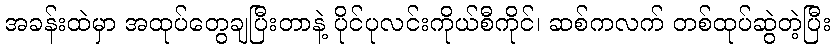
အခန်းထဲမှာ အထုပ်တွေချပြီးတာနဲ့ ပိုင်ပုလင်းကိုယ်စီကိုင်၊ ဆစ်ကလက် တစ်ထုပ်ဆွဲတဲ့ပြီး